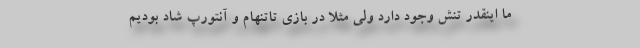
ما اینقدر تنش وجود دارد ولی مثلا در بازی تاتنهام و آنتورپ شاد بودیم